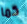
كما